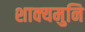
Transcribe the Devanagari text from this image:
शाक्‍यमुनि